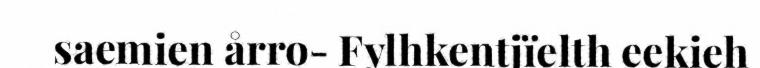
saemien årro- Fylhkentjïelth eekieh